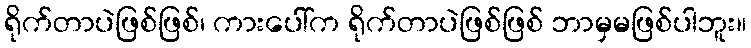
ရိုက်တာပဲဖြစ်ဖြစ်၊ ကားပေါ်က ရိုက်တာပဲဖြစ်ဖြစ် ဘာမှမဖြစ်ပါဘူး။